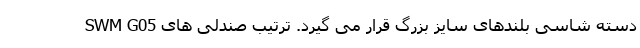
دسته شاسی بلندهای سایز بزرگ قرار می گیرد. ترتیب صندلی های SWM G05